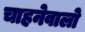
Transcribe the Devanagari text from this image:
चाहनेवालो